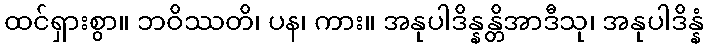
ထင်ရှားစွာ။ ဘဝိဿတိ၊ ပန၊ ကား။ အနုပါဒိန္နန္တိအာဒီသု၊ အနုပါဒိန္နံ